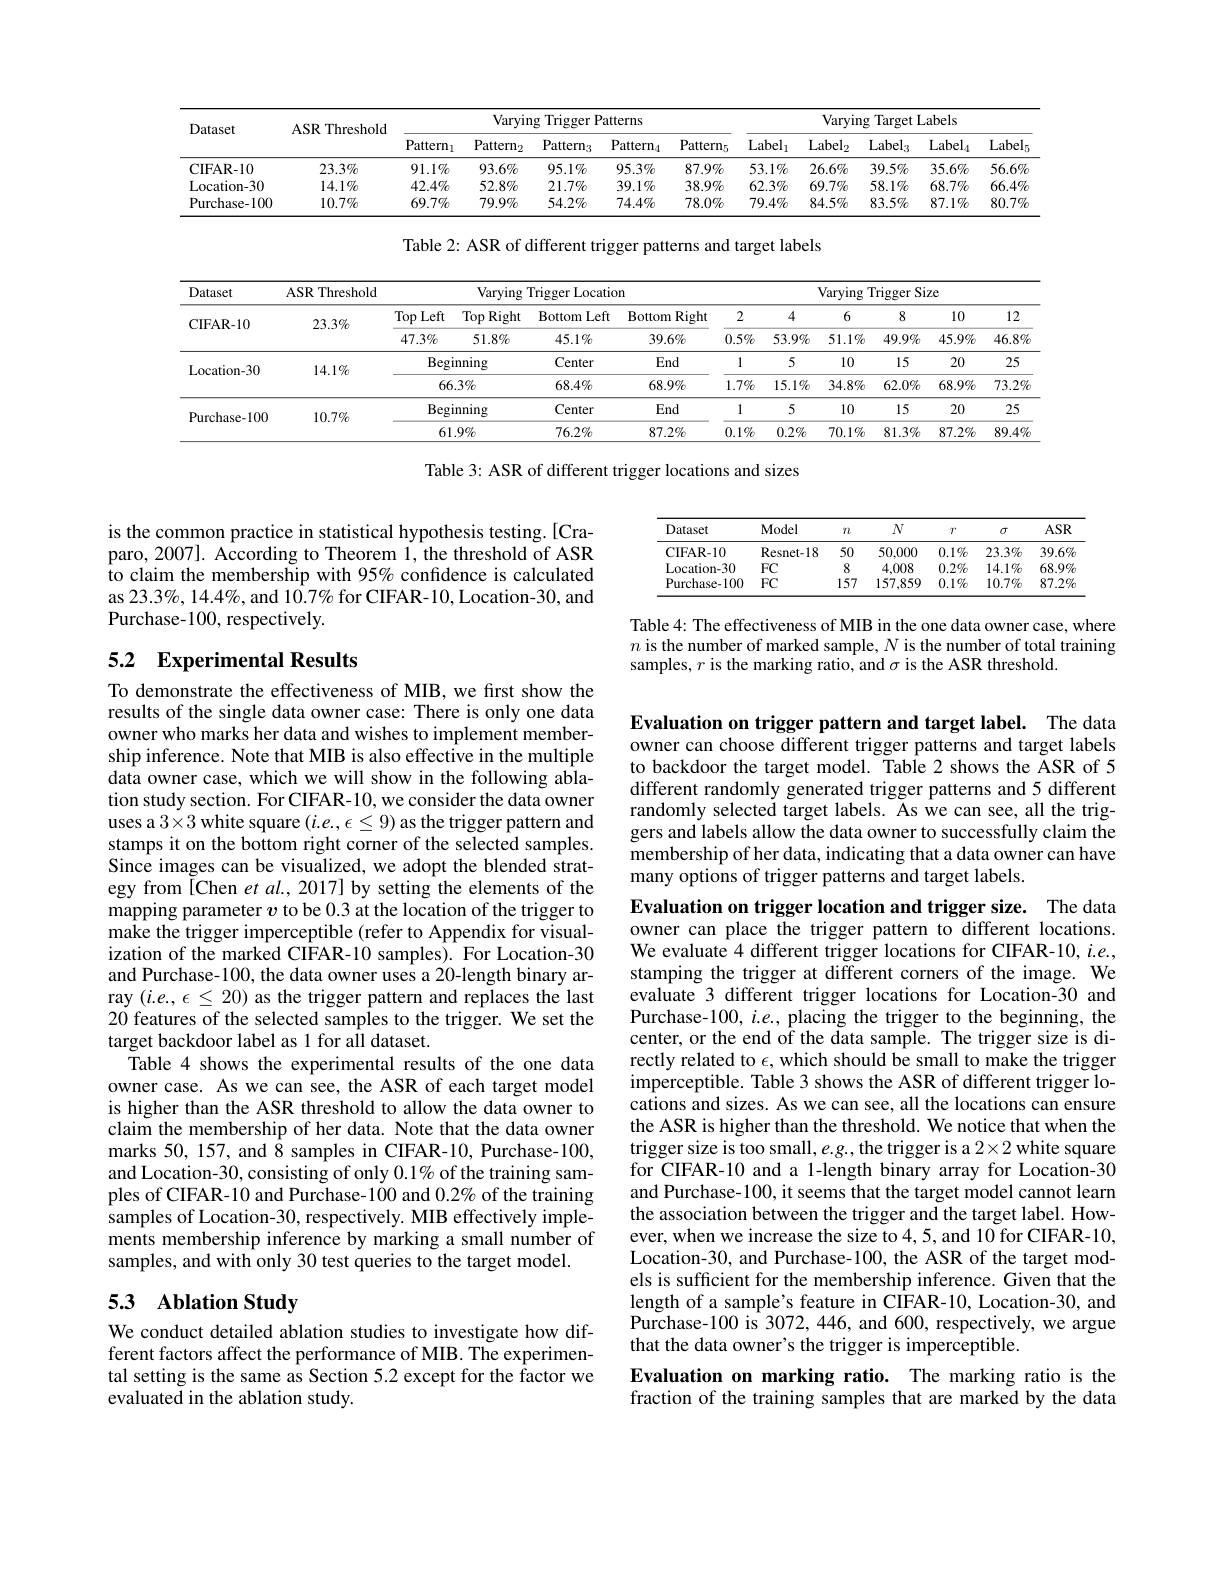
<table>
	<tbody>
		<tr>
			<th rowspan="2">Dataset</th>
			<th rowspan="2">ASR Threshold</th>
			<th colspan="5">Varvins Trig ${\mathrm{Patterns}}$</th>
			<th colspan="5">Varying Target Labels</th>
		</tr>
		<tr>
			<th>Pattern$_{1}$</th>
			<th>Pattern$_{2}$</th>
			<th>Pattern$_{3}$</th>
			<th>Pattern$_{4}$</th>
			<th>Pattern$_{5}$</th>
			<th>$Label_1$</th>
			<th>$Label_2$</th>
			<th>$Label_3$</th>
			<th>$Label_4$</th>
			<th>Label</th>
		</tr>
		<tr>
			<td>CIFAR- 10</td>
			<td>$23.3\%$</td>
			<td>$91.1\%$</td>
			<td>$93.6\%$</td>
			<td>$95.1\%$</td>
			<td>$95.3\%$</td>
			<td>$87.9\%$</td>
			<td>$53.1\%$</td>
			<td>$26.6\%$</td>
			<td>$39.5\%$</td>
			<td>$35.6\%$</td>
			<td>$56.6\%$</td>
		</tr>
		<tr>
			<td>Location- 30</td>
			<td>$14.1\%$</td>
			<td>$42.4\%$</td>
			<td>$52.8\%$</td>
			<td>$21.7\%$</td>
			<td>$39.1\%$</td>
			<td>$38.9\%$</td>
			<td>$62.3\%$</td>
			<td>$69.7\%$</td>
			<td>$58.1\%$</td>
			<td>$68.7\%$</td>
			<td>$66.4\%$</td>
		</tr>
		<tr>
			<td>Purchase-100</td>
			<td>$10.7\%$</td>
			<td>$69.7\%$</td>
			<td>$79.9\%$</td>
			<td>$54.2\%$</td>
			<td>$74.4\%$</td>
			<td>$78.0\%$</td>
			<td>$79.4\%$</td>
			<td>$84.5\%$</td>
			<td>$83.5\%$</td>
			<td>$87.1\%$</td>
			<td>$80.7\%$</td>
		</tr>
	</tbody>
</table>

Table 2: ASR of different trigger patterns and target labels

<table>
	<tbody>
		<tr>
			<th rowspan="2">Dataset TFAR.10</th>
			<th rowspan="2">$ASR$ ${\mathrm{R}}$Threshold $733\%$</th>
			<th colspan="4">Varying g Trigger Location</th>
			<th colspan="6">Varying Trigger Size</th>
		</tr>
		<tr>
			<th>Top ,Left</th>
			<th>Top 9 Right</th>
			<th>Bottom Left</th>
			<th>Bottom 1 Right</th>
			<th>2</th>
			<th>4</th>
			<th>6</th>
			<th>8</th>
			<th>10</th>
			<th>12</th>
		</tr>
		<tr>
			<td rowspan="1">CIFAR- 10</td>
			<td>$-w^{\prime}w/b$</td>
			<td>$47.3\%$</td>
			<td>$51.8\%$</td>
			<td>$45.1\%$</td>
			<td>$39.6\%$</td>
			<td>$0.5\%$</td>
			<td>$53.9\%$</td>
			<td>$51.1\%$</td>
			<td>$49.9\%$</td>
			<td>$45.9\%$</td>
			<td>$46.8\%$</td>
		</tr>
		<tr>
			<td rowspan="2">Location-30</td>
			<td rowspan="2">$14.1\%$</td>
			<td colspan="2">Beginning</td>
			<td>Center</td>
			<td>End</td>
			<td>1</td>
			<td>5</td>
			<td>10</td>
			<td>15</td>
			<td>20</td>
			<td>25</td>
		</tr>
		<tr>
			<td colspan="2">$66.3\%$</td>
			<td>$68.4\%$</td>
			<td>$68.9\%$</td>
			<td>$1.7\%$</td>
			<td>$15.1\%$</td>
			<td>$34.8\%$</td>
			<td>$62.0\%$</td>
			<td>$68.9\%$</td>
			<td>$73.2\%$</td>
		</tr>
		<tr>
			<td rowspan="2">${\mathrm{Purchase-100}}$</td>
			<td rowspan="2">$10.7\%$</td>
			<td colspan="2">Beginning</td>
			<td>Center</td>
			<td>End</td>
			<td>1</td>
			<td>5</td>
			<td>10</td>
			<td>15</td>
			<td>20</td>
			<td>25</td>
		</tr>
		<tr>
			<td colspan="2">$61.9\%$</td>
			<td>$76.2\%$</td>
			<td>$87.2\%$</td>
			<td>$0.1\%$</td>
			<td>$0.2\%$</td>
			<td>$70.1\%$</td>
			<td>$81.3\%$</td>
			<td>$87.2\%$</td>
			<td>$89.4\%$</td>
		</tr>
	</tbody>
</table>

Table 3: ASR of different trigger locations and sizes

<table>
	<tbody>
		<tr>
			<th>Dataset</th>
			<th>Model</th>
			<th>$T\boldsymbol{t}.$</th>
			<th>$N$</th>
			<th>$r^*$</th>
			<th>$\sigma$</th>
			<th>$ASR$</th>
		</tr>
		<tr>
			<td>CIFAR-10</td>
			<td>Resnet- 18</td>
			<td>50</td>
			<td>50,000</td>
			<td>$0.1\%$</td>
			<td>$23.3\%$</td>
			<td>$39.6\%$</td>
		</tr>
		<tr>
			<td>Location- 30</td>
			<td>$FC$</td>
			<td>8</td>
			<td>4,008</td>
			<td>$0.2\%$</td>
			<td>$14.1\%$</td>
			<td>$68.9\%$</td>
		</tr>
		<tr>
			<td>Purchase-100</td>
			<td>$FC$</td>
			<td>157</td>
			<td>157,859</td>
			<td>$0.1\%$</td>
			<td>$10.7\%$</td>
			<td>$87.2\%$</td>
		</tr>
	</tbody>
</table>

is the common practice in statistical hypothesis testing.[Craparo, 2007]. According to Theorem 1, the threshold of ASR to claim the membership with 95% confidence is calculated as 23.3%, 14.4%, and 10.7% for CIFAR-10, Location-30, and Purchase-100, respectively.

Table 4: The effectiveness of MIB in the one data owner case, where $n$ is the number of marked sample, $N$ is the number of total training samples, $r$ is the marking ratio, and $\sigma$ is the ASR threshold.

## 5.2 Experimental Results

Evaluation on trigger pattern and target label. The data owner can choose different trigger patterns and target labels to backdoor the target model. Table 2 shows the ASR of 5 different randomly generated trigger patterns and 5 different randomly selected target labels. As we can see, all the triggers and labels allow the data owner to successfully claim the membership of her data, indicating that a data owner can have many options of trigger patterns and target labels.

To demonstrate the effectiveness of MIB, we first show the results of the single data owner case: There is only one data owner who marks her data and wishes to implement membership inference. Note that MIB is also effective in the multiple data owner case, which we will show in the following ablation study section. For CIFAR-10, we consider the data owner uses a $3\times3$ white square $(i.e.,\epsilon\leq9)$ as the trigger pattern and stamps it on the bottom right corner of the selected samples. Since images can be visualized, we adopt the blended strategy from [Chen et al., 2017] by setting the elements of the mapping parameter $v$ to be 0.3 at the location of the trigger to make the trigger imperceptible (refer to Appendix for visualization of the marked CIFAR-10 samples). For Location-30 and Purchase-100, the data owner uses a 20-length binary array $(i.e.,\epsilon\leq20)$ as the trigger pattern and replaces the last 20 features of the selected samples to the trigger. We set the target backdoor label as 1 for all dataset.
Table 4 shows the experimental results of the one data owner case. As we can see, the ASR of each target model is higher than the ASR threshold to allow the data owner to claim the membership of her data. Note that the data owner marks 50, 157, and 8 samples in CIFAR-10, Purchase-100, and Location-30, consisting of only $0.1\%$ of the training samples of CIFAR-10 and Purchase-100 and 0.2% of the training samples of Location-30, respectively. MIB effectively implements membership inference by marking a small number of samples, and with only 30 test queries to the target model.

Evaluation on trigger location and trigger size. The data owner can place the trigger pattern to different locations. We evaluate 4 different trigger locations for CIFAR-10, i.e., stamping the trigger at different corners of the image. We evaluate 3 different trigger locations for Location-30 and Purchase-100, $i.e.$, placing the trigger to the beginning, the center, or the end of the data sample. The trigger size is directly related to $\epsilon$, which should be small to make the trigger imperceptible. Table 3 shows the ASR of different trigger locations and sizes. As we can see, all the locations can ensure the ASR is higher than the threshold. We notice that when the trigger size is too small, e.g., the trigger is a 2×2 white square for CIFAR-10 and a l-length binary array for Location-30 and Purchase-100, it seems that the target model cannot learn the association between the trigger and the target label. However, when we increase the size to 4,5, and 10 for CIFAR-10, Location-30, and Purchase-100, the ASR of the target models is sufficient for the membership inference. Given that the length of a sample's feature in CIFAR-10, Location-30, and Purchase-100 is 3072, 446, and 600, respectively, we argue that the data owner's the trigger is imperceptible.

## 5.3 Ablation Study

We conduct detailed ablation studies to investigate how different factors affect the performance of MIB. The experimental setting is the same as Section 5.2 except for the factor we evaluated in the ablation study.

## Evaluation on marking ratio. The marking ratio is the fraction of the training samples that are marked by the data